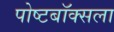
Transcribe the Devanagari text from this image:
पोष्टबॉक्सला